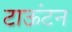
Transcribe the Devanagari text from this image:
टाऊंटन